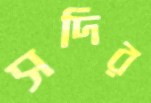
সদির